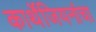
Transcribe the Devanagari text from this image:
कार्थेजियनांचा